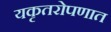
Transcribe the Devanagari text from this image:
यकृतरोपणात